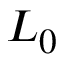
L _ { 0 }